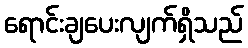
ရောင်းချပေးလျက်ရှိသည်